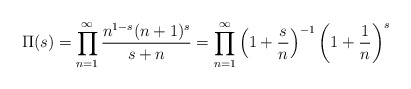
\begin{align*} \Pi(s)=\prod_{n=1}^\infty \frac{n^{1-s}(n+1)^s}{s+n}=\prod_{n=1}^\infty \left(1+\frac{s}{n}\right)^{-1} \left(1+\frac{1}{n}\right)^s\end{align*}